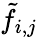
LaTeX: \tilde{f}_{i,j}